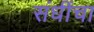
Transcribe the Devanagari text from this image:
संधींचा